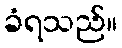
ခံရသည်။